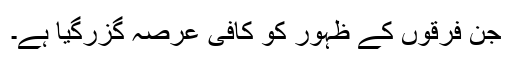
جن فرقوں کے ظہور کو کافی عرصہ گزرگیا ہے۔